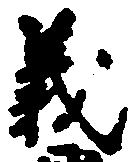
義